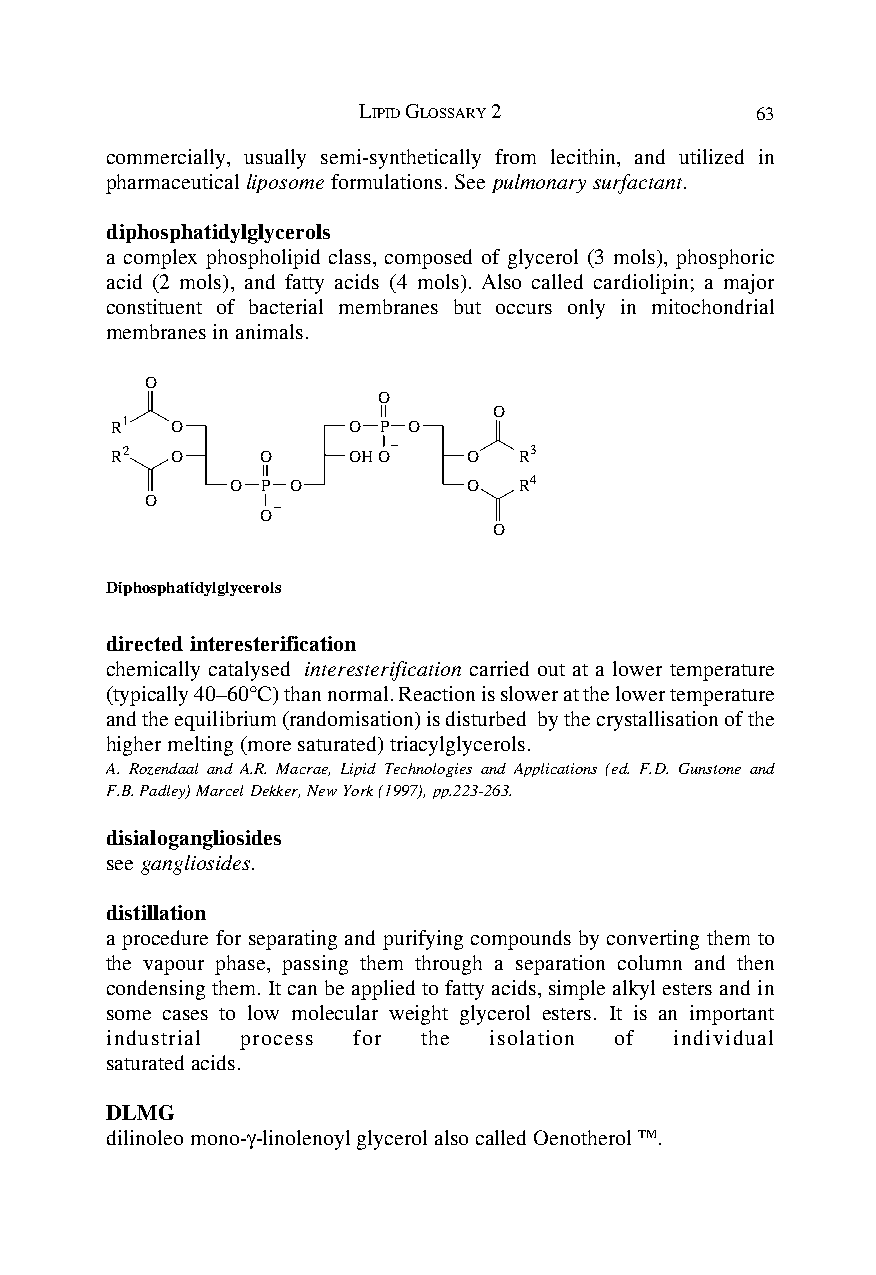
LIPID GLOSSARY 2          63
 commercially, usually semi-synthetically from lecithin, and utilized in
 pharmaceutical liposome formulations. See pulmonary surfactant.
 diphosphatidylglycerols
 a complex phospholipid class, composed of glycerol (3 mols), phosphoric
 acid (2 mols), and fatty acids (4 mols). Also called cardiolipin; a major
 constituent of bacterial membranes but occurs only in mitochondrial
 membranes in animals.
 O
 O
 O
 R1  O           O P O
 R2  O     O     OHO     O  R3
 O P O           O  R4
 O
 O
 O
 Diphosphatidylglycerols
 directed interesterification
 chemically catalysed interesterification carried out at a lower temperature
 (typically 40–60°C) than normal. Reaction is slower at the lower temperature
 and the equilibrium (randomisation) is disturbed by the crystallisation of the
 higher melting (more saturated) triacylglycerols.
 A. Rozendaal and A.R. Macrae, Lipid Technologies and Applications (ed. F.D. Gunstone and
 F.B. Padley) Marcel Dekker, New York (1997), pp.223-263.
 disialogangliosides
 see gangliosides.
 distillation
 a procedure for separating and purifying compounds by converting them to
 the vapour phase, passing them through a separation column and then
 condensing them. It can be applied to fatty acids, simple alkyl esters and in
 some cases to low molecular weight glycerol esters. It is an important
 industrial process for the isolation of individual
 saturated acids.
 DLMG
 dilinoleo mono-γ-linolenoyl glycerol also called Oenotherol TM.